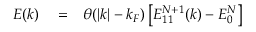
\begin{array} { r l r } { E ( k ) } & { { } = } & { \theta ( | k | - k _ { F } ) \left[ E _ { 1 1 } ^ { N + 1 } ( k ) - E _ { 0 } ^ { N } \right] } \end{array}